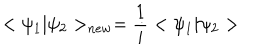
LaTeX: < \psi _ { 1 } | \psi _ { 2 } > _ { n e w } = \frac { 1 } { i } < \psi _ { 1 } | \psi _ { 2 } >